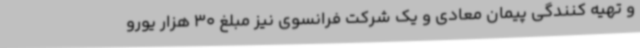
و تهیه کنندگی پیمان معادی و یک شرکت فرانسوی نیز مبلغ 30 هزار یورو